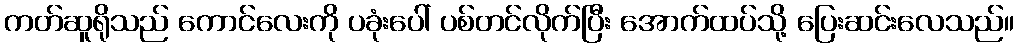
ကတ်ဆူရိုသည် ကောင်လေးကို ပခုံးပေါ် ပစ်တင်လိုက်ပြီး အောက်ထပ်သို့ ပြေးဆင်းလေသည်။